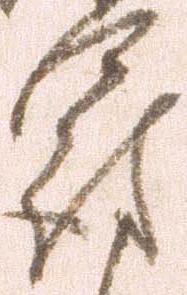
罰